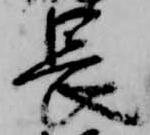
長